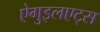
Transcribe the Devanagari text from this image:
ऐगुइलएट्स